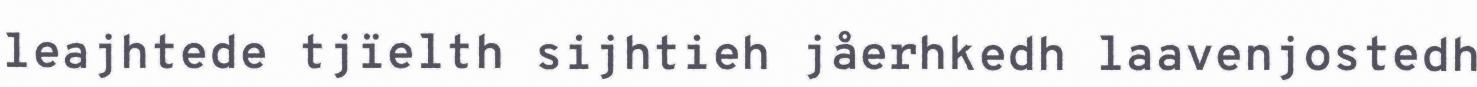
leajhtede tjïelth sijhtieh jåerhkedh laavenjostedh